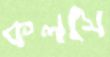
কলসে